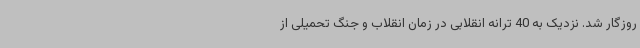
روزگار شد. نزدیک به 40 ترانه انقلابی در زمان انقلاب و جنگ تحمیلی از